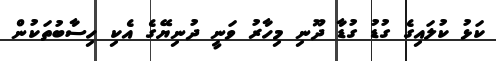
ކަޅު ކުލައިގެ ގުޑު ގުޑާ ދޫނި މިހާރު ވަނީ ދުނިޔޭގެ އެކި ހިސާބުތަކުން